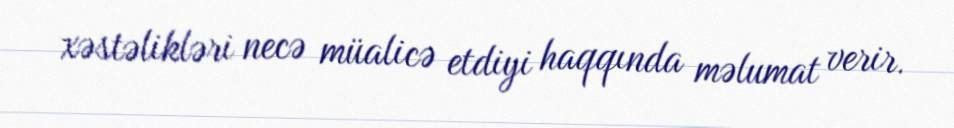
xəstəlikləri necə müalicə etdiyi haqqında məlumat verir.